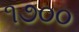
૧૭૦૦